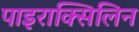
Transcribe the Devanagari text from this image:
पाइराक्सिलिन